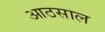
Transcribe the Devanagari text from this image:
आठसाल